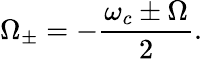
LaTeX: \Omega_{\pm}=-\frac{\omega_{c}\pm\Omega}{2}.